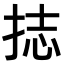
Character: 𭠶